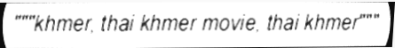
"""khmer, thai khmer movie, thai khmer"""